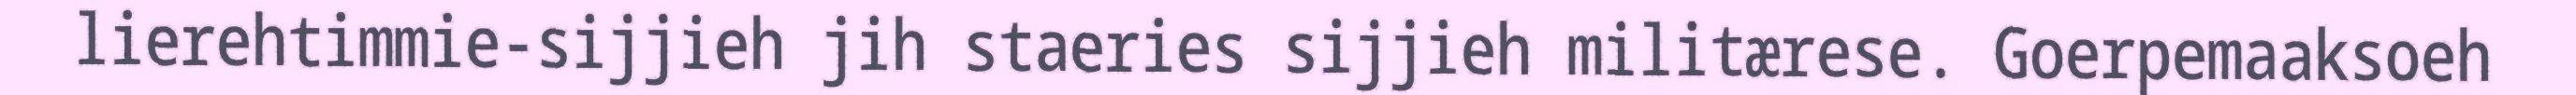
lierehtimmie-sijjieh jih staeries sijjieh militærese. Goerpemaaksoeh